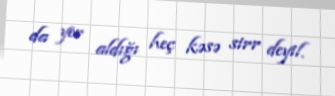
da yer aldığı heç kəsə sirr deyil.